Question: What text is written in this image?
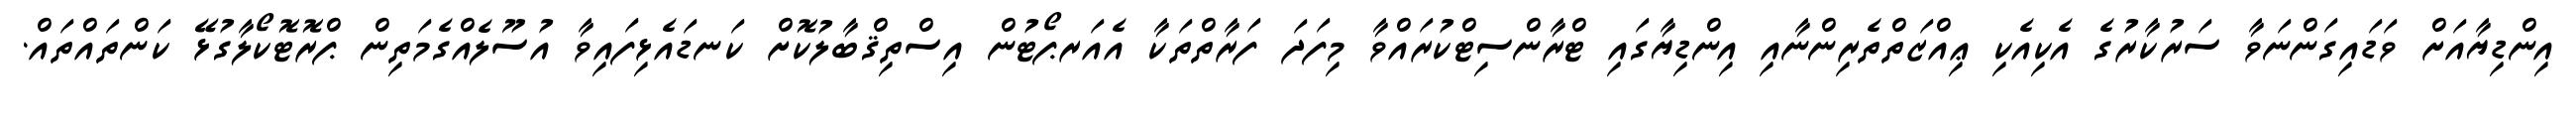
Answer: އިންޑިޔާއަށް ވަޑައިގަންނަވާ ސަރުކާރުގެ އެކިއެކި ޢިއްޒަތްތެރިންނާއި އިންޑިޔާގައި ޓްރާންސިޓްކުރައްވާ މިފަދަ ފަރާތްތަކާ އެއަރޕޯޓުން އިސްތިޤްބާލުކޮށް ކަނޑައެޅިފައިވާ އުސޫލެއްގެމަތިން ޕްރޮޓޮކޯލާގުޅޭ ކަންތައްތައް.